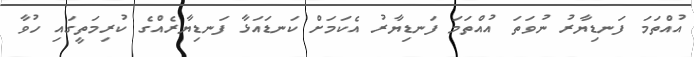
އުއްތަމަ ފަނޑިޔާރު ނުވަތަ އުއްތަމަ ފަނޑިޔާރު އެކަމަށް ކަނޑައަޅާ ފަނޑިޔާރެއްގެ ކުރިމަތީގައި ހުވާ